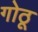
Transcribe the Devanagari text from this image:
गोठू